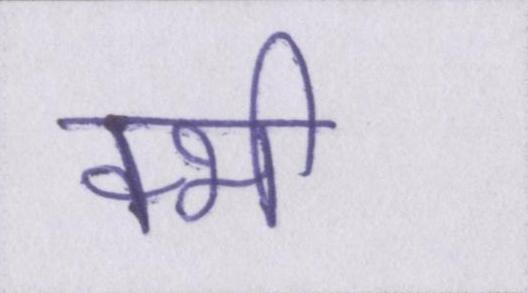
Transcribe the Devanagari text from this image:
क्भी